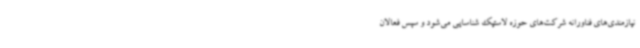
نیازمندی‌های فناورانه شرکت‌های حوزه لاستیک شناسایی می‌شود و سپس فعالان